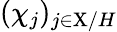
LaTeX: (\chi_{j})_{j\in\mathrm{X}/H}